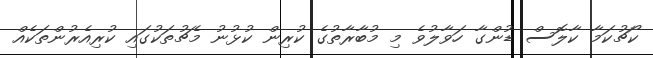
ކޯޗުކަމާ ކާލޮސް ޑުންގާ ހަވާލުވެ މި މުބާރާތުގެ ކުރިން ކުޅުނު މެޗުތަކުގައި ކުރިއެރުންތަކެއް